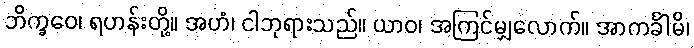
ဘိက္ခဝေ၊ ရဟန်းတို့။ အဟံ၊ ငါဘုရားသည်။ ယာဝ၊ အကြင်မျှလောက်။ အာကင်္ခါမိ၊